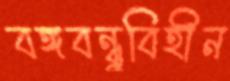
বঙ্গবন্ধুবিহীন